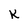
Character: K